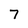
Character: 7